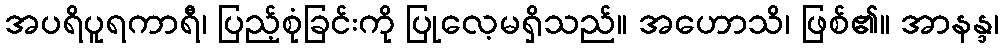
အပရိပူရကာရီ၊ ပြည့်စုံခြင်းကို ပြုလေ့မရှိသည်။ အဟောသိ၊ ဖြစ်၏။ အာနန္ဒ၊